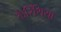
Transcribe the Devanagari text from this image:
कैरिंथिया